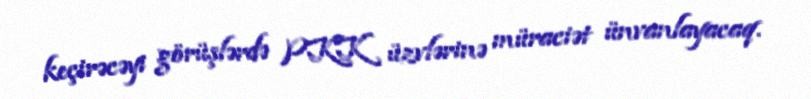
keçirəcəyi görüşlərdə PKK üzvlərinə müraciət ünvanlayacaq.